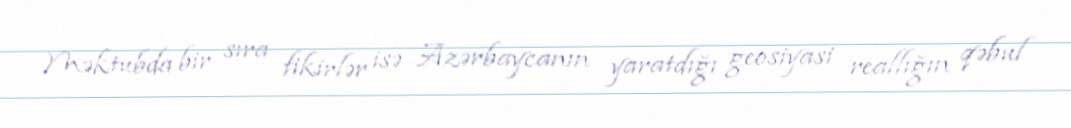
Məktubda bir sıra fikirlər isə Azərbaycanın yaratdığı geosiyasi reallığın qəbul